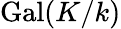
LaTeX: \operatorname{Gal}(K/k)